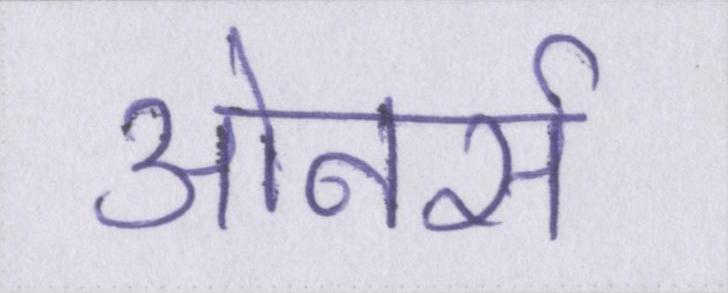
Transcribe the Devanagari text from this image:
ओनर्स